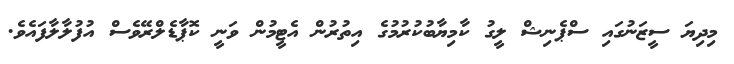
މިދިޔަ ސީޒަނުގައި ސްޕެނިޝް ލީގު ކާމިޔާބުކުރުމުގެ އިތުރުން އެޓީމުން ވަނީ ކޮޕާޑެލްރޭވެސް އުފުލާލާފައެވެ.